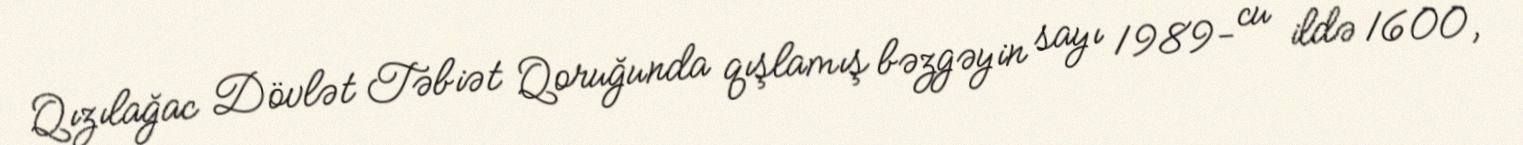
Qızılağac Dövlət Təbiət Qoruğunda qışlamış bəzgəyin sayı 1989- cu ildə 1600,